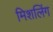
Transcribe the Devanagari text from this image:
मिशलिंग